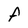
Character: F